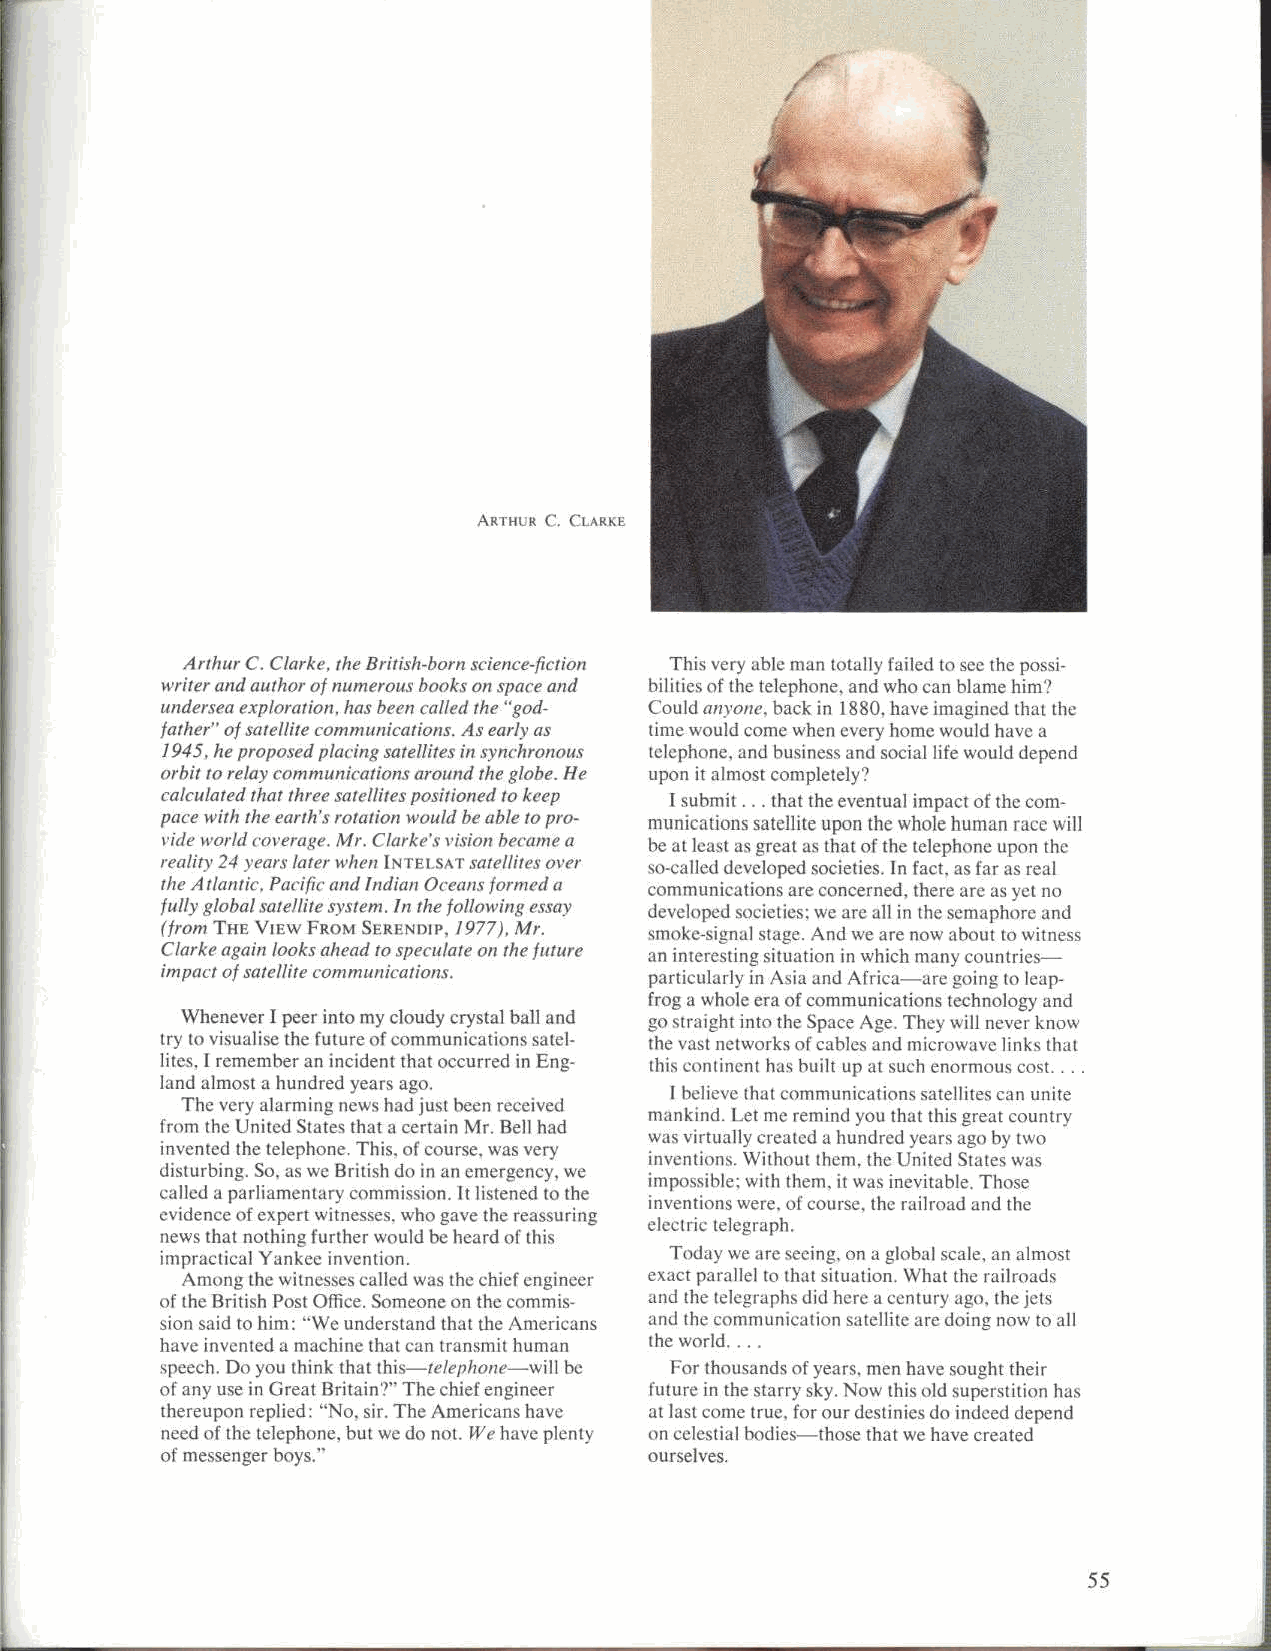
ARTHUR C. CLARKE
 Arthur C. Clarke, the British -born .science-fiction This very able man totally failed to see the possi-
 writer and author of numerous books on space and bilities of the telephone. and who can blame him'?
 undersea exploration , has been called the "god- Couldanyone, back in 1880, have imagined that the
 father"of satellite comm unications. As early as time would come when every home would have a
 1945, he proposed placing satellites in synchronous telephone, and business and social life would depend
 orbit to relay communications around the globe. He upon it almost completely?
 calculated that three satellites positioned to keep I submit ... that the eventual impact of the com-
 pace with the earth 's rotation would be able to pro- munications satellite upon the whole human race will
 vide world coverage. Mr. Clarke's vision became a be at least as great as that of the telephone upon the
 reality 24 years later when INTEI.SA'rsatellites over so-called developed societies. In fact, as far as real
 the Atlantic. Pacific and Indian Oceans formed a communications are concerned, there are as yet no
 fully global satellite system . In the following essay developed societies: we are all in the semaphore and
 (from THE VIEw FROM SERENDIP, 1977), Mr. smoke-signal stage. And we are now about to witness
 Clarkeagain looks ahead to speculate on the future an interesting situation in which many countries-
 impact of satellite communications. particularly in Asia and Africa-are going to leap-
 frog a whole era of communications technology and
 Whenever I peer into my cloudy crystal ball and go straight into the Space Age. They will never know
 try to visualise the future of communications satel- the vast networks of cables and microwave links that
 lites, I remember an incident that occurred in Eng- this continent has built up at such enormous cost....
 land almost a hundred years ago.
 I believe that communications satellites can unite
 The very alarming news had just been received
 mankind. Let me remind you that this great country
 from the United States that a certain Mr. Bell had
 was virtually created a hundred years ago by two
 invented the telephone. This, of course, was very
 inventions. Without them, the United States was
 disturbing. So, as we British do in an emergency. we
 impossible: with them, it was inevitable. Those
 called a parliamentary commission. It listened to the
 inventions were, of course, the railroad and the
 evidence of expert witnesses, who gave the reassuring
 electric telegraph.
 news that nothing further would be heard of this
 impractical Yankee invention.    Today we are seeing. on a global scale, an almost
 Among the witnesses called was the chief engineer exact parallel to that situation. What the railroads
 of the British Post Office. Someone on the commis- and the telegraphs did here a century ago, the jets
 sion said to him: "We understand that the Americans and the communication satellite are doing now to all
 have invented a machine that can transmit human the world....
 speech. Do you think that this-telephone-will be For thousands of years, men have sought their
 of any use in Great Britain'?" The chief engineer future in the starry sky. Now this old superstition has
 thereupon replied: "No, sir. The Americans have at last conic true, for our destinies do indeed depend
 need of the telephone, but we do not. We have plenty on celestial bodies-those that we have created
 of messenger boys."             ourselves.
 55